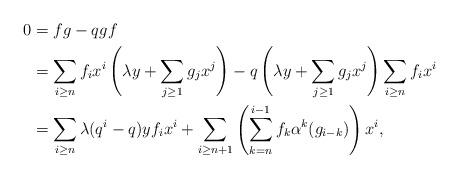
LaTeX: \begin{align*} 0&= fg-qgf \\ &=\sum_{i \geq n}f_i x^i \left(\lambda y + \sum_{j \geq 1}g_j x^j\right) - q \left(\lambda y + \sum_{j \geq 1}g_j x^j\right)\sum_{i \geq n}f_i x^i \\&= \sum_{i \geq n} \lambda(q^i-q)yf_i x^i + \sum_{i \geq n+1} \left(\sum_{k=n}^{i-1} f_k \alpha^k(g_{i-k}) \right)x^i,\end{align*}